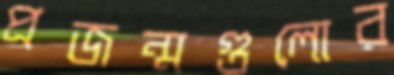
প্রজন্মগুলোর